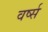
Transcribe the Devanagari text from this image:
वर्ष्स